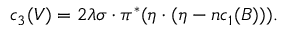
c _ { 3 } ( V ) = 2 \lambda \sigma \cdot \pi ^ { * } ( \eta \cdot ( \eta - n c _ { 1 } ( B ) ) ) .